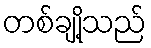
တစ်ချို့သည်